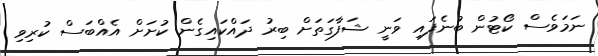
ނަމަވެސް ކޯޓުން ބުނެފައި ވަނީ ޝަފާގަތަށް ބިރު ދައްކައިގެން ކުށަށް އެއްބަސް ކުރިވި